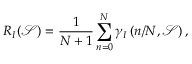
R _ { I } ( { \mathcal { S } } ) = \frac { 1 } { N + 1 } \sum _ { n = 0 } ^ { N } \gamma _ { I } \left( n / N , { \mathcal { S } } \right) ,